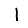
Digit: 1